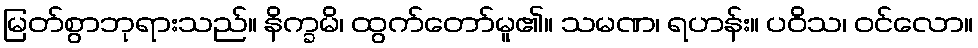
မြတ်စွာဘုရားသည်။ နိက္ခမိ၊ ထွက်တော်မူ၏။ သမဏ၊ ရဟန်း။ ပဝိသ၊ ဝင်လော။